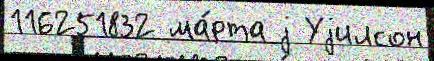
116251832 ма́рта j Уjилсон